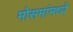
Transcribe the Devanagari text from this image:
मोसमांमध्ये